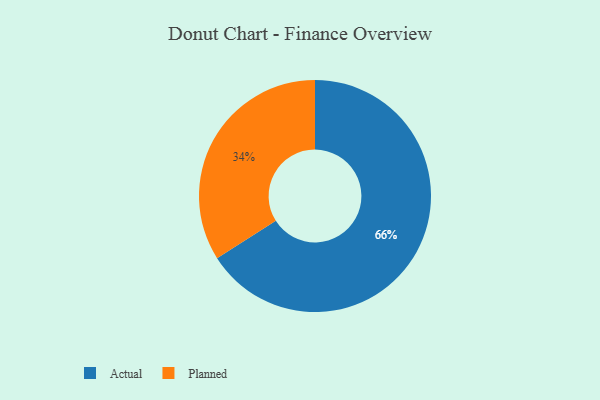
{"axis": {"x": "Category", "y": "Percentage"}, "legend": ["Actual", "Planned"], "data": [{"x": "Planned", "y": 34, "type": "Planned"}, {"x": "Actual", "y": 66, "type": "Actual"}]}